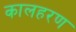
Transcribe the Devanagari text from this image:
कालहरण